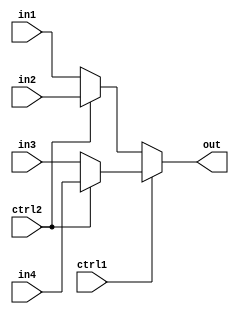
// 4  1 MUX - 
module mux4_3(out,in1,in2,in3,in4,ctrl1,ctrl2);
input in1,in2,in3,in4,ctrl1,ctrl2;
output out;

assign out = ctrl1 ? (ctrl2 ? in4 : in3) : (ctrl2 ? in2 : in1);

endmodule